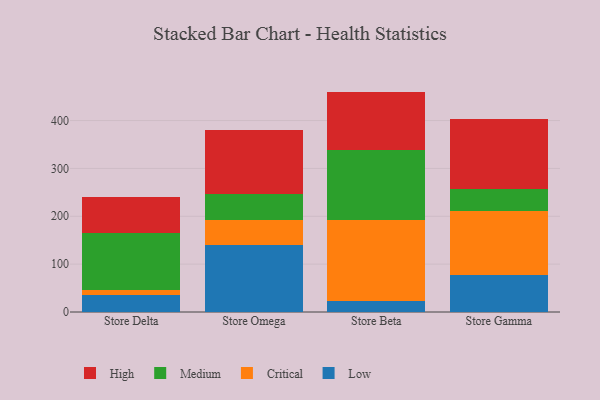
{"axis": {"x": "Store", "y": "Production Output"}, "legend": ["Critical", "High", "Low", "Medium"], "data": [{"x": "Store Delta", "y": 35.4, "type": "Low"}, {"x": "Store Delta", "y": 9.6, "type": "Critical"}, {"x": "Store Delta", "y": 119.4, "type": "Medium"}, {"x": "Store Delta", "y": 76.3, "type": "High"}, {"x": "Store Omega", "y": 139.9, "type": "Low"}, {"x": "Store Omega", "y": 51.8, "type": "Critical"}, {"x": "Store Omega", "y": 54.2, "type": "Medium"}, {"x": "Store Omega", "y": 134.7, "type": "High"}, {"x": "Store Beta", "y": 23.8, "type": "Low"}, {"x": "Store Beta", "y": 167.9, "type": "Critical"}, {"x": "Store Beta", "y": 147.8, "type": "Medium"}, {"x": "Store Beta", "y": 121.0, "type": "High"}, {"x": "Store Gamma", "y": 77.5, "type": "Low"}, {"x": "Store Gamma", "y": 134.0, "type": "Critical"}, {"x": "Store Gamma", "y": 46.2, "type": "Medium"}, {"x": "Store Gamma", "y": 146.5, "type": "High"}]}